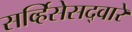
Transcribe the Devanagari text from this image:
सर्व्हिसेसद्वारे